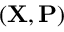
( \mathbf { X } , \mathbf { P } )